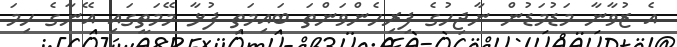
އެ ޒުވާނާ މަޑުމަޑުން ނާޖިހުގެ ފިރިހެންވަންތަ ބައިމަތި ފުޅާ މޭމަތީގައި އޭނާގެ ހިމަ